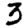
Digit: 3